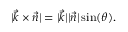
\vert \vec { k } \times \vec { n } \vert = \vert \vec { k } \vert \vert \vec { n } \vert \sin ( \theta ) .